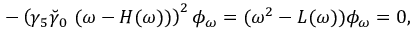
- \left( \gamma _ { 5 } \breve { \gamma } _ { 0 } ~ ( \omega - H ( \omega ) ) \right) ^ { 2 } \phi _ { \omega } = ( \omega ^ { 2 } - L ( \omega ) ) \phi _ { \omega } = 0 ,